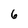
Character: 6